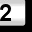
Digit: 2